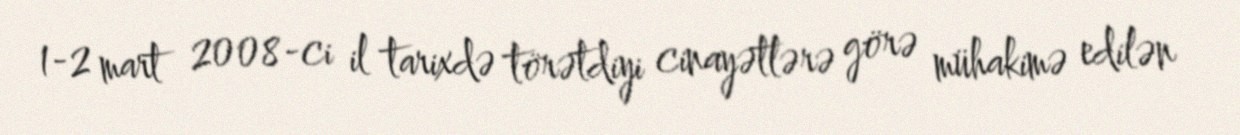
1-2 mart 2008-ci il tarixdə törətdiyi cinayətlərə görə mühakimə edilən